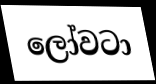
ලෝවටා